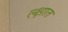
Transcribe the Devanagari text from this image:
ल्क्षात